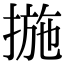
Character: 揓